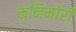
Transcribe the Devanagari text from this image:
कनिमोरी